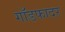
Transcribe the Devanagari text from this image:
गाॅडफादर